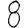
Digit: 8